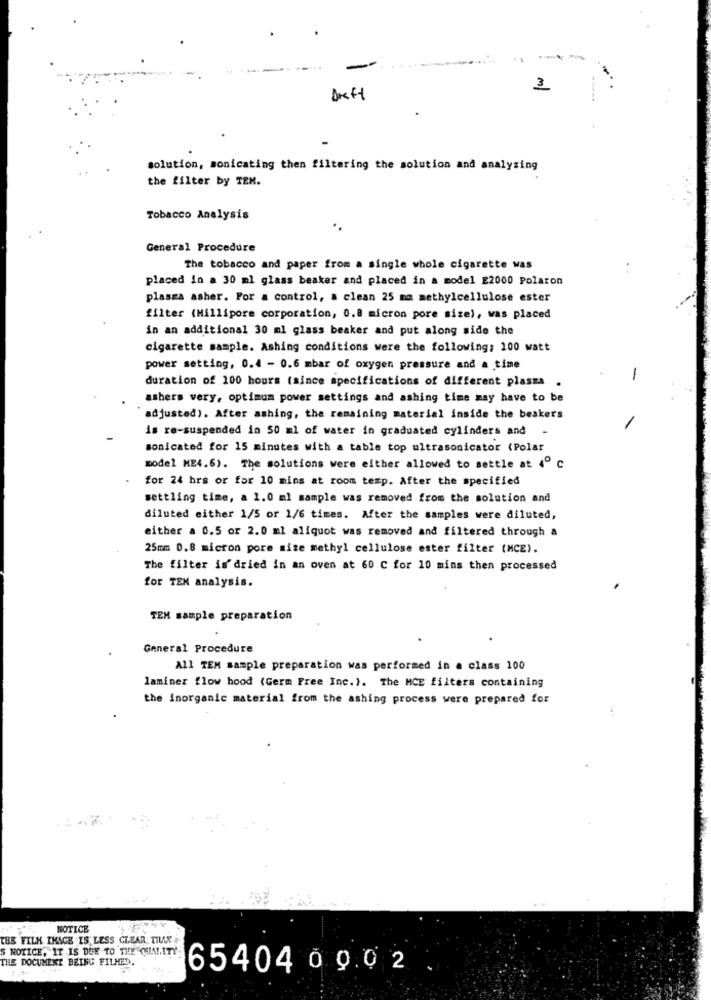
3
Draft
solution, monicating then filtering the solution and analyzing
the filter by TEM.
Tobacco Analysis
General Procedure
The tobacco and paper from a single whole cigarette was
placed in a 30 ml glass beaker and placed in a model E2000 Polaron
plasma asher. For a control, a clean 25 mm methylcellulose ester
filter (Millipore corporation, 0.8 micron pore size), was placed
in an additional 30 ml glass beaker and put along side the
cigarette sample. Ashing conditions were the following; 100 watt
power setting, 0.4 - 0.6 mbar of oxygen pressure and a time
duration of 100 hours (since specifications of different plassa
-
ashers very, optimum power settings and ashing time may have to be
adjusted). After ashing, the remaining material inside the beakers
is re-suspended in 50 ml of water in graduated cylinders and
sonicated for 15 minutes with a table top ultrasonicator (Polar
model ME4.6). The solutions were either allowed to settle at 4º c
for 24 hrs or for 10 mins at room temp. After the specified
settling time, a 1.0 ml sample was removed from the solution and
diluted either 1/5 or 1/6 times. After the samples were diluted,
either a 0.5 or 2.0 ml aliquot was removed and filtered through a
25mm 0.8 micron pore size methyl cellulose ester filter (MCE).
The filter is' dried in an oven at 60 C for 10 mins then processed
for TEM analysis.
TEM sample preparation
General Procedure
All TEM sample preparation was performed in a class 100
laminer flow hood (Germ Free Inc.). The MCE filters containing
the inorganic material from the ashing process were prepared for
NOTICE
THE FILK IKAGE IS LESS CLEAR; TILLK
S NOTICE, IT IS DUE TO THE QUALITY
THE DOCUMENT BEING FILMED.
65404 0 0.02